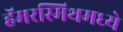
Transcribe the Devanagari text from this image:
हॅमरस्मिथमध्ये